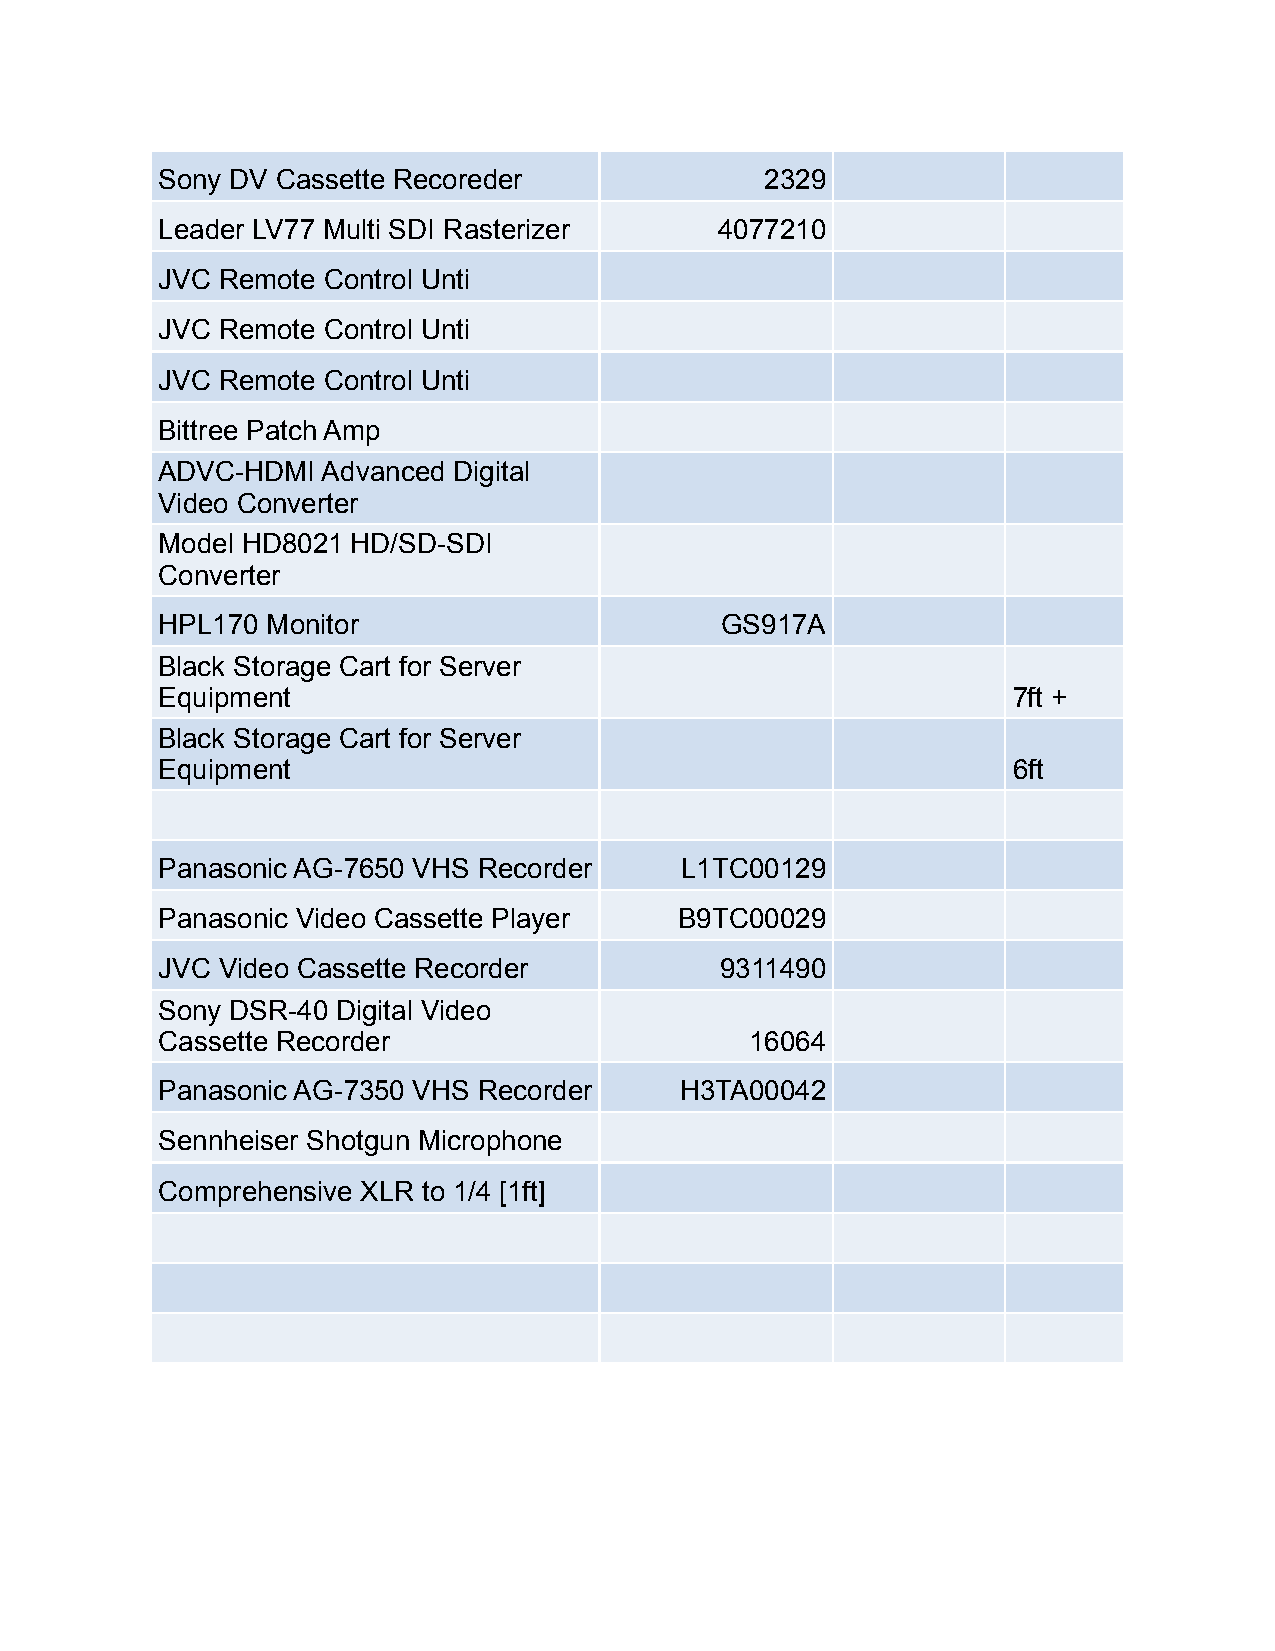
Sony DV Cassette Recoreder               2329
 Leader LV77 Multi SDI Rasterizer      4077210
 JVC Remote Control Unti
 JVC Remote Control Unti
 JVC Remote Control Unti
 Bittree Patch Amp
 ADVC-HDMI  Advanced Digital
 Video Converter
 Model HD8021 HD/SD-SDI
 Converter
 HPL170  Monitor                       GS917A
 Black Storage Cart for Server
 Equipment                                                7ft +
 Black Storage Cart for Server
 Equipment                                                6ft
 Panasonic AG-7650 VHS Recorder     L1TC00129
 Panasonic Video Cassette Player    B9TC00029
 JVC Video Cassette Recorder           9311490
 Sony DSR-40 Digital Video
 Cassette Recorder                       16064
 Panasonic AG-7350 VHS Recorder     H3TA00042
 Sennheiser Shotgun Microphone
 Comprehensive XLR to 1/4 [1ft]